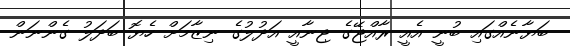
ބަޔާނެއްގައި ބުނީ އެއީ ރާއްޖޭގެ ޖިނާއީ އަދުލުގެ ނިޒާމަށް ހެޔޮ ބަދަލު ގެންނަން